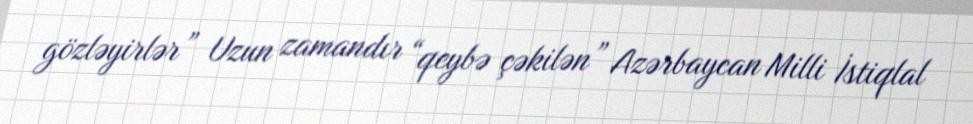
gözləyirlər” Uzun zamandır “qeybə çəkilən” Azərbaycan Milli İstiqlal